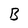
Character: B